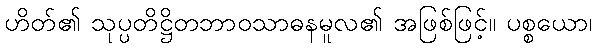
ဟိတ်၏ သုပ္ပတိဋ္ဌိတဘာဝသာဓနမူလ၏ အဖြစ်ဖြင့်။ ပစ္စယော၊